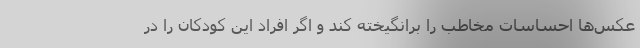
عکس‌ها احساسات مخاطب را برانگیخته کند و اگر افراد این کودکان را در